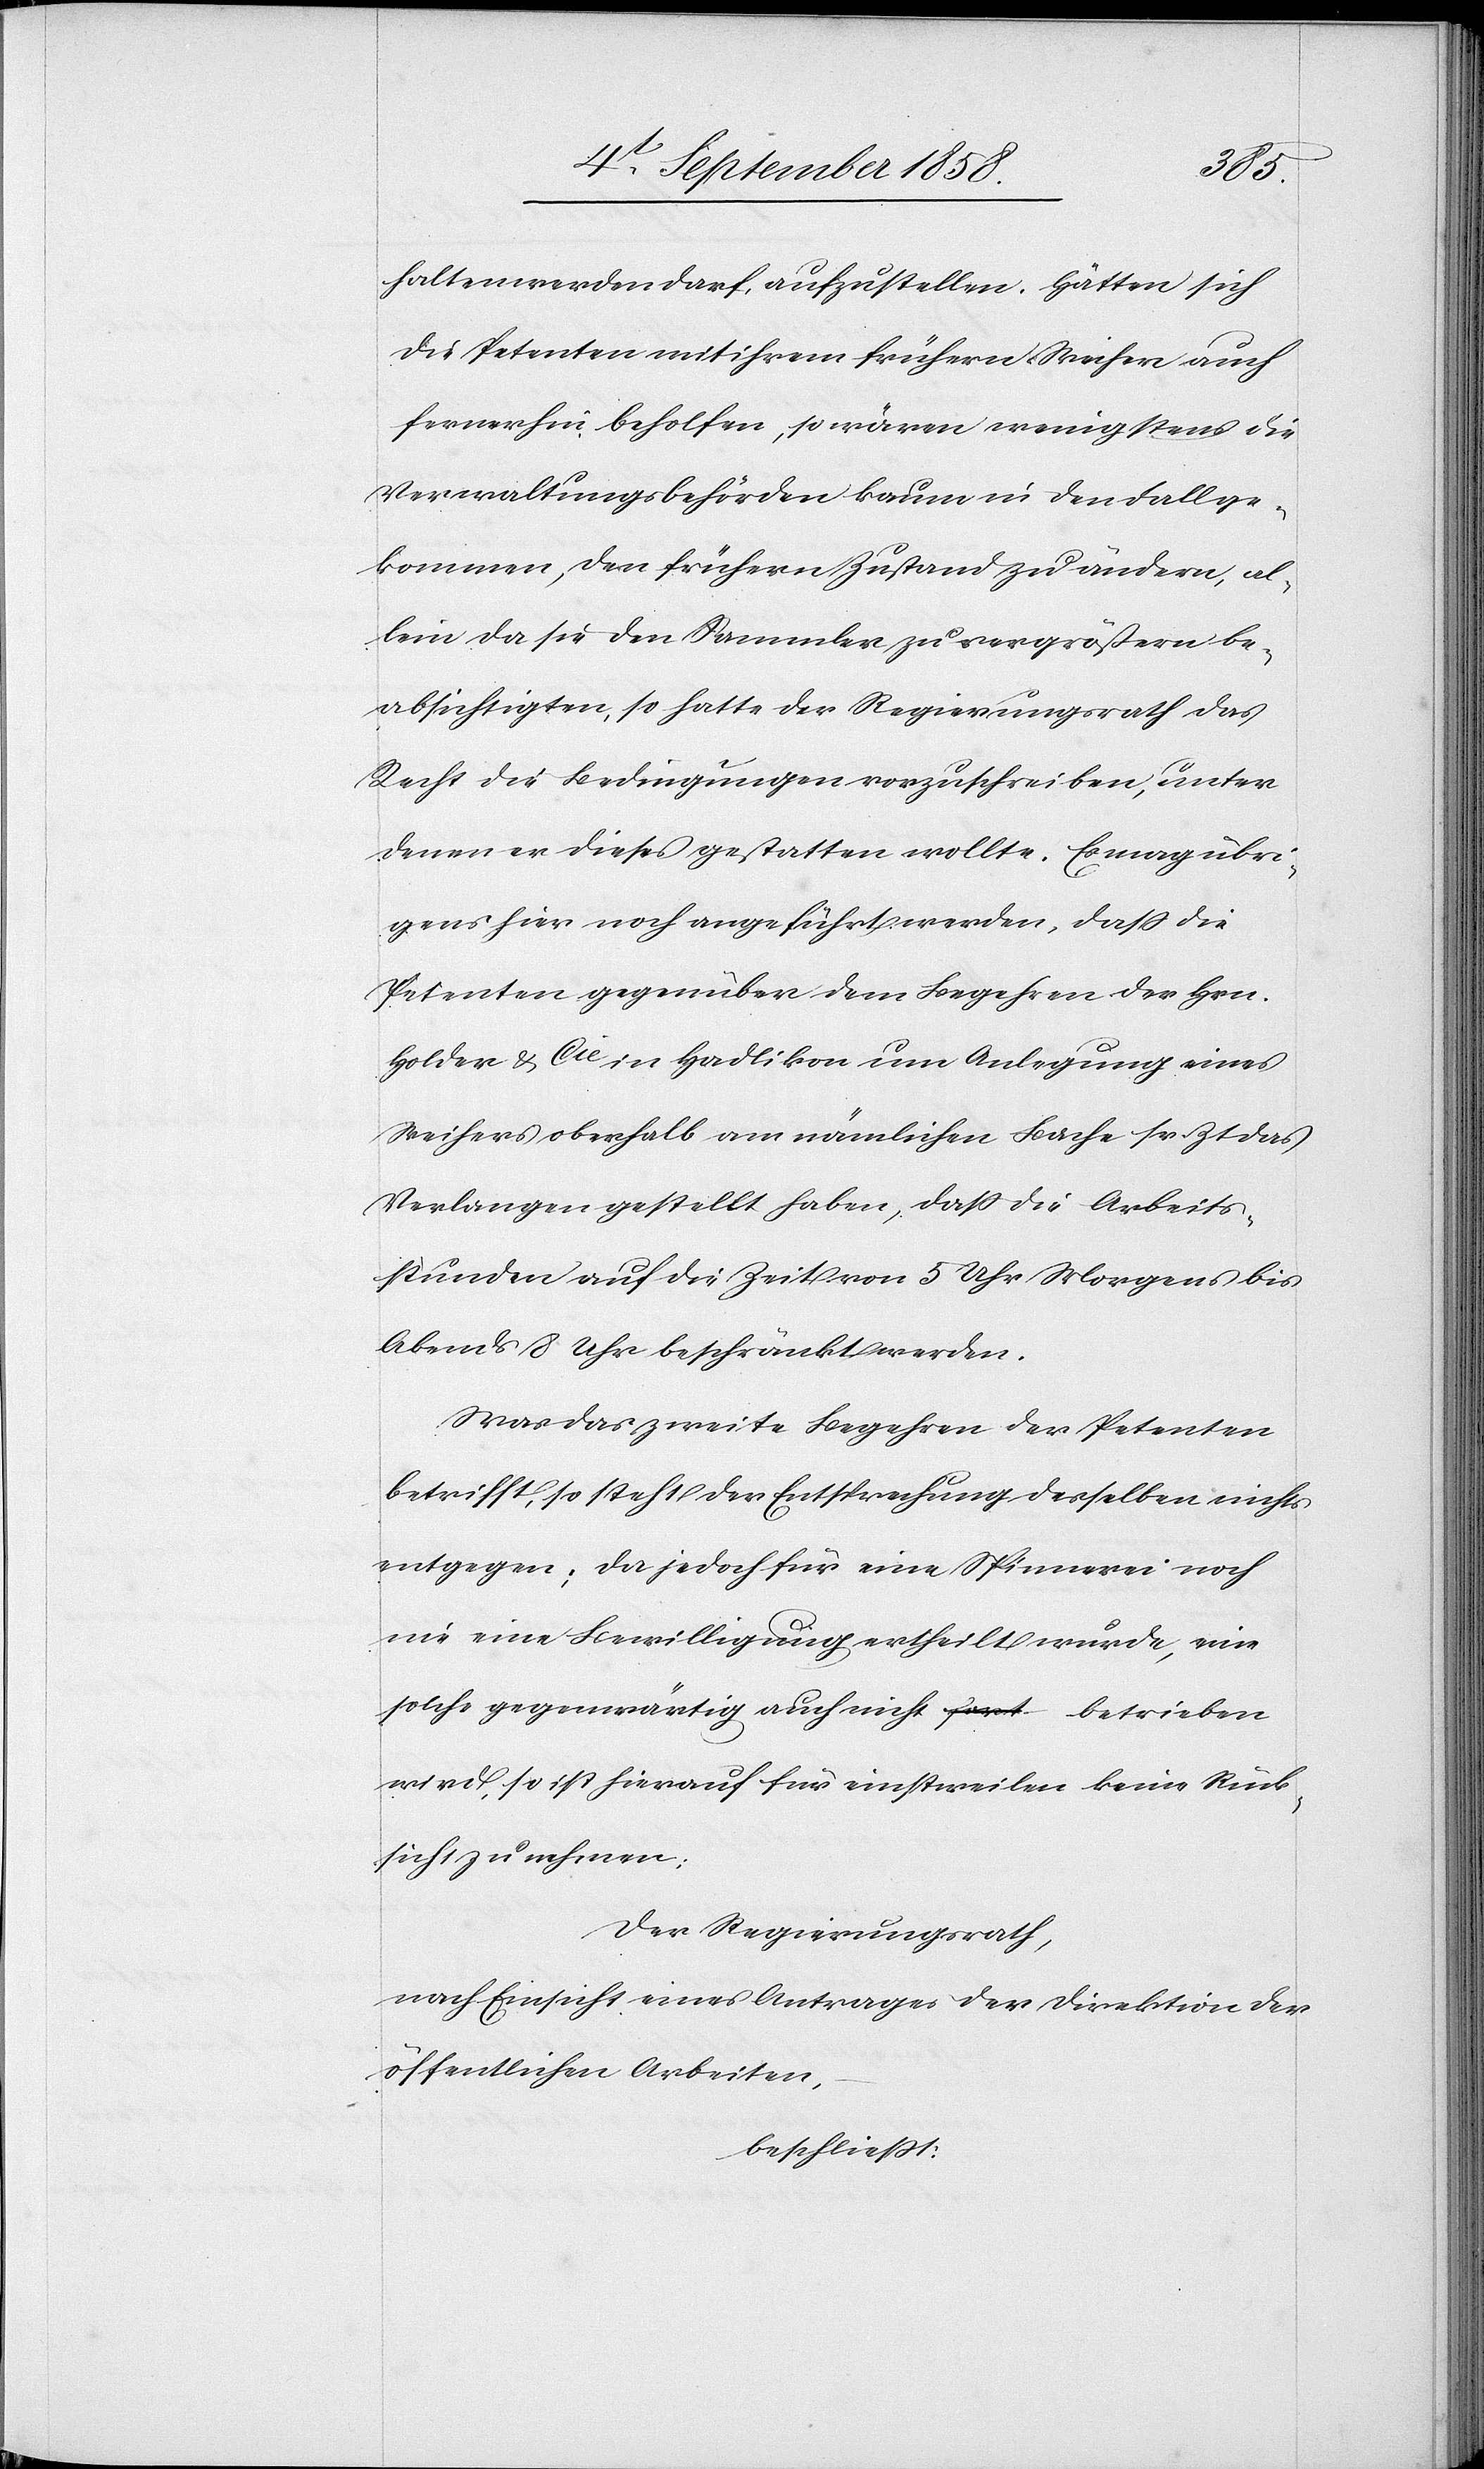
halten werden darf, aufzustellen. Hätten sich
die Petenten mit ihrem frühern Weiher auch
fernerhin beholfen, so wären wenigstens die
Verwaltungsbehörden kaum in den Fall ge¬
kommen, den frühern Zustand zu ändern, al¬
lein da sie den Sammler zu vergrößern be¬
absichtigten, so hatte der Regierungsrath das
Recht die Bedingungen vorzuschreiben, unter
denen er dieses gestatten wollte. Es mag übri¬
gens hier noch angeführt werden, dass die
Petenten gegenüber dem Begehren der Hrn.
Holder & Cie in Hadlikon um Anlegung eines
Weihers oberhalb am nämlichen Bache sr. Zt. das
Verlangen gestellt haben, dass die Arbeits¬
stunden auf die Zeit von 5 Uhr Morgens bis
Abends 8 Uhr beschränkt werden.
Was das zweite Begehren der Petenten
betrifft, so steht der Entsprechung desselben nichts
entgegen; da jedoch für eine Spinnerei noch
nie eine Bewilligung ertheilt wurde, eine
solche gegenwärtig auch nicht a-fort-a betrieben
wird, so ist hierauf für einstweilen keine Rück¬
sicht zu nehmen.
Der Regierungsrath,
nach Einsicht eines Antrages der Direktion der
öffentlichen Arbeiten,
beschliesst: